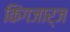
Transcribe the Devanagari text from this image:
किंगजार्ज